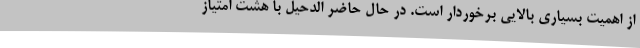
از اهمیت بسیاری بالایی برخوردار است. در حال حاضر الدحیل با هشت امتیاز